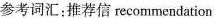
参考词汇：推荐信recommendation